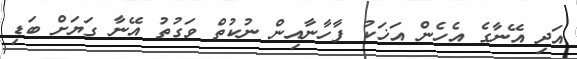
އަދި އޭނާގެ އެހެން އަޚަކު ފާހާނާއިން ނުކުތް ވަގުތު އޭނާ ގަޔަށް ބަޑި